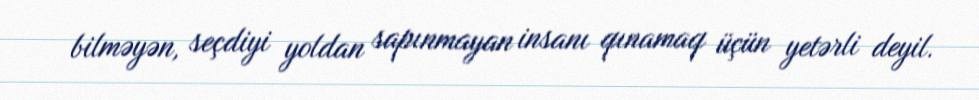
bilməyən, seçdiyi yoldan sapınmayan insanı qınamaq üçün yetərli deyil.